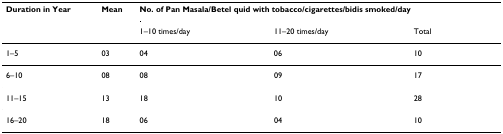
<table><thead><tr><td><b>Duration in Year</b></td><td><b>Mean</b></td><td colspan="3"><b>No. of Pan Masala/Betel quid with tobacco/cigarettes/bidis smoked/day</b></td></tr><tr><td></td><td></td><td><b>1–10 times/day</b></td><td><b>11–20 times/day</b></td><td><b>Total</b></td></tr></thead><tbody><tr><td>1–5</td><td>03</td><td>04</td><td>06</td><td>10</td></tr><tr><td>6–10</td><td>08</td><td>08</td><td>09</td><td>17</td></tr><tr><td>11–15</td><td>13</td><td>18</td><td>10</td><td>28</td></tr><tr><td>16–20</td><td>18</td><td>06</td><td>04</td><td>10</td></tr></tbody></table>